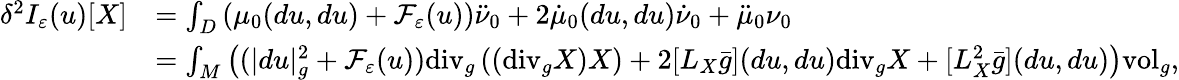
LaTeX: \begin{array}{rl}{\delta^{2}I_{\varepsilon}(u)[X]}&{=\int_{D}\left(\mu_{0}(du,du)+\mathcal{F}_{\varepsilon}(u)\right)\ddot{\nu}_{0}+2\dot{\mu}_{0}(du,du)\dot{\nu}_{0}+\ddot{\mu}_{0}\nu_{0}}\\ &{=\int_{M}\left((|du|_{g}^{2}+\mathcal{F}_{\varepsilon}(u))\mathrm{div}_{g}\left((\mathrm{div}_{g}X)X\right)+2[L_{X}\bar{g}](du,du)\mathrm{div}_{g}X+[L_{X}^{2}\bar{g}](du,du)\right)\mathrm{vol}_{g},}\end{array}